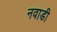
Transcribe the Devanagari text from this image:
नवाडी